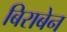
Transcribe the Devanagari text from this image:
बिराबेन